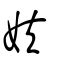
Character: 妋